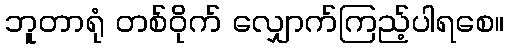
ဘူတာရုံ တစ်ဝိုက် လျှောက်ကြည့်ပါရစေ။